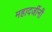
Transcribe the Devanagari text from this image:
महादजींनी